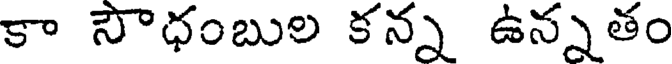
కా సౌధంబుల కన్న ఉన్నతం